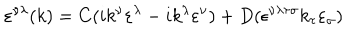
\varepsilon ^ { \nu \lambda } ( k ) = C ( i k ^ { \nu } \varepsilon ^ { \lambda } - i k ^ { \lambda } \varepsilon ^ { \nu } ) + D ( \epsilon ^ { \nu \lambda \tau \sigma } k _ { \tau } \varepsilon _ { \sigma } )